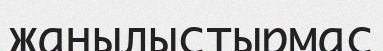
жаңылыстырмас